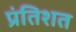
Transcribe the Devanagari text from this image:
प्रंतिशत